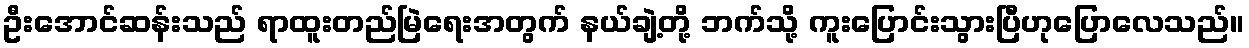
ဦးအောင်ဆန်းသည် ရာထူးတည်မြဲရေးအတွက် နယ်ချဲ့တို့ ဘက်သို့ ကူးပြောင်းသွားပြီဟုပြောလေသည်။